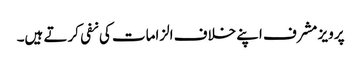
پرویز مشرف اپنے خلاف الزامات کی نفی کرتے ہیں۔